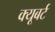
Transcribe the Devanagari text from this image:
क्यूबर्ट